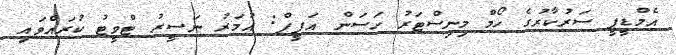
އެމްޑީޕީ ސަރުކާރުގެ ހޯމް މިނިސްޓަރު ހަސަން އަފީފް: އުމަރު ނަސީރު ޓްވީޓު ކުރައްވައި